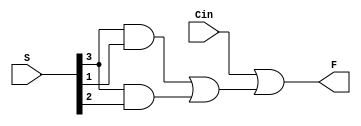
module test_out (
  input [3:0] S,
  input Cin,
  output F
);

wire w1, w2, w3;

and U4A (w1, S[3], S[2]);
and U4B (w2, S[3], S[1]);
or U5A (w3, w2, w1);
or U5B (F, Cin, w3);

endmodule